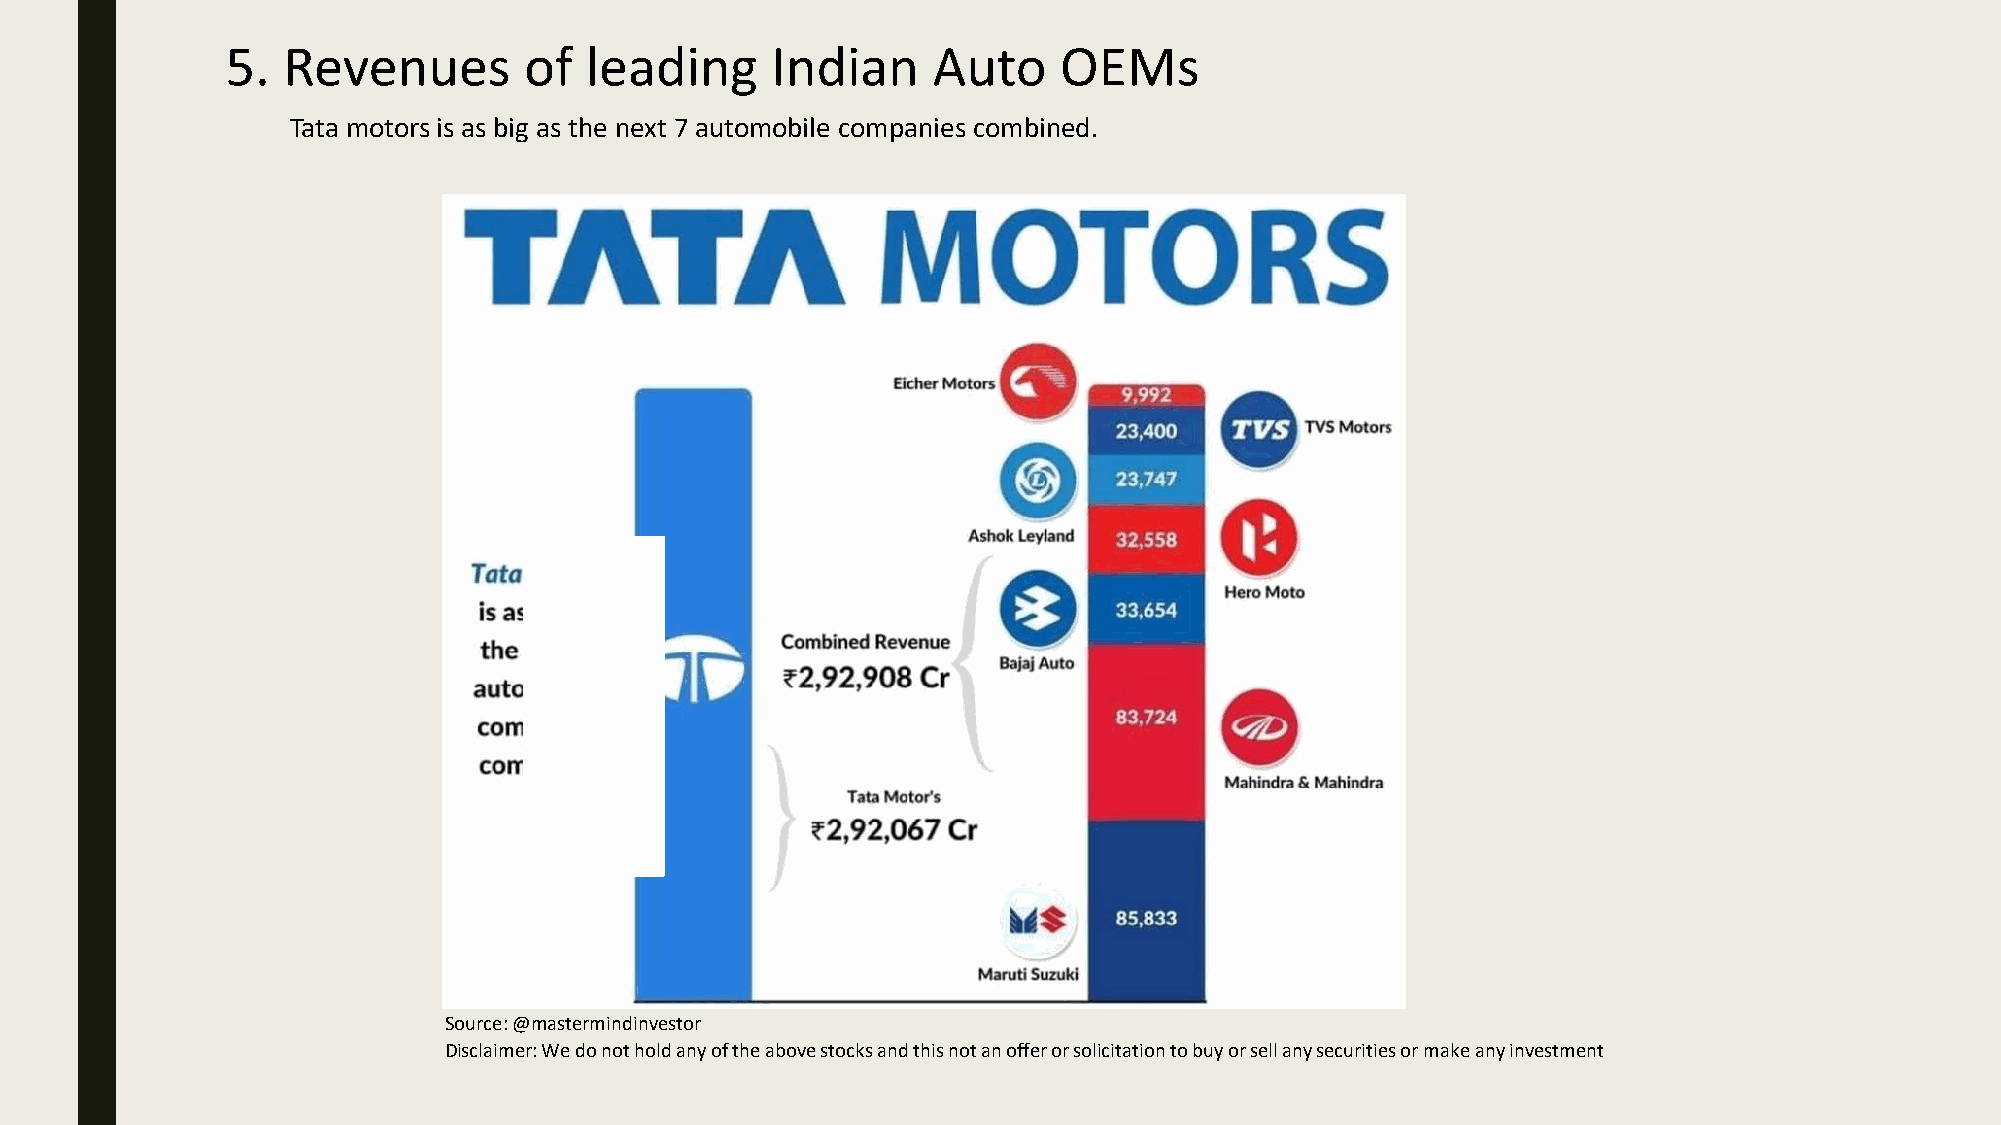
5.  Revenues        of  leading     Indian     Auto    OEMs
 Tata motors is as big as the next 7 automobile companies combined.
 Source: @mastermindinvestor
 Disclaimer: We do not hold any of the above stocks and this not an offer or solicitation to buy or sell any securities or make any investment